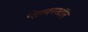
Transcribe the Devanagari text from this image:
सिल्वरस्टीन